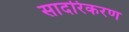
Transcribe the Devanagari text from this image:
सादरिकरण